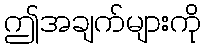
ဤအချက်များကို